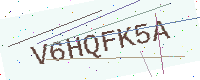
Text: V6HQFK5A